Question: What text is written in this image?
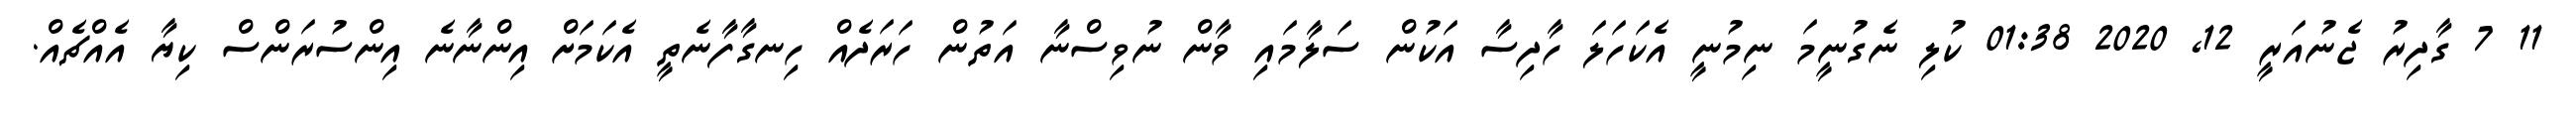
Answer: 11 7 ގާދިރު ޖެނުއަރީ 12, 2020 01:38 ކުލި ނެގުނީމަ ނިމުނީ އެކަހަލަ ހާދިސާ އަކުން ސަލާމައި ވާން ނުވިސްނާ އަތުން ހަރަދެއް ހިނގާފާނެތީ އެކަމަށް އިންނާނެ އިންސުރަންސް ކިޔާ އެއްޗެއް.